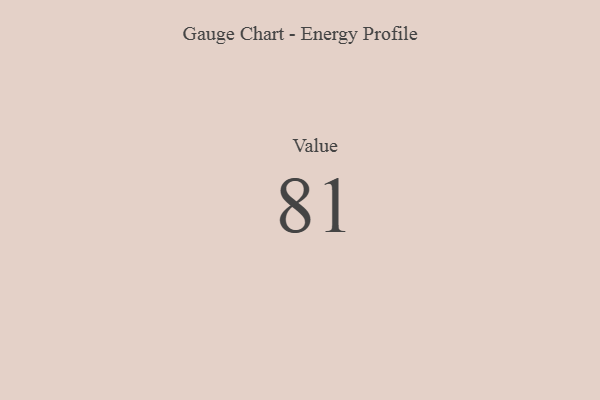
{"axis": {"x": "Metric", "y": "Value"}, "legend": [""], "data": [{"x": "Value", "y": 81, "type": ""}]}